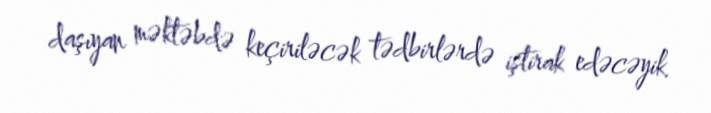
daşıyan məktəbdə keçiriləcək tədbirlərdə iştirak edəcəyik.